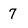
Character: 7